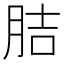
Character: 𦛋